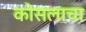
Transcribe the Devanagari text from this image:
कोसलाचा